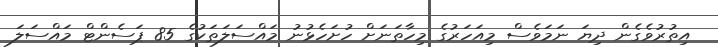
އިތުރުވެގެން ދިޔަ ނަމަވެސް މިއަހަރުގެ މިހާތަނަށް ހުށަހެޅުނު މައްސަލަތަކުގެ 85 ޕަސެންޓް މައްސަލަ